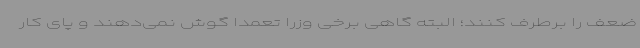
ضعف را برطرف کنند؛ البته گاهی برخی وزرا تعمدا گوش نمی‌دهند و پای کار